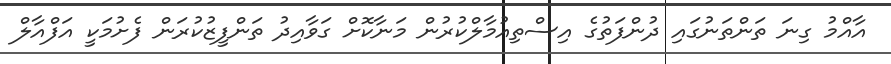
އާއްމު ގިނަ ތަންތަނުގައި ދުންފަތުގެ އިސްތިއުމާލްކުރުން މަނާކޮށް ގަވާއިދު ތަންފީޒުކުރަން ފެށުމަކީ އަފްއާލް